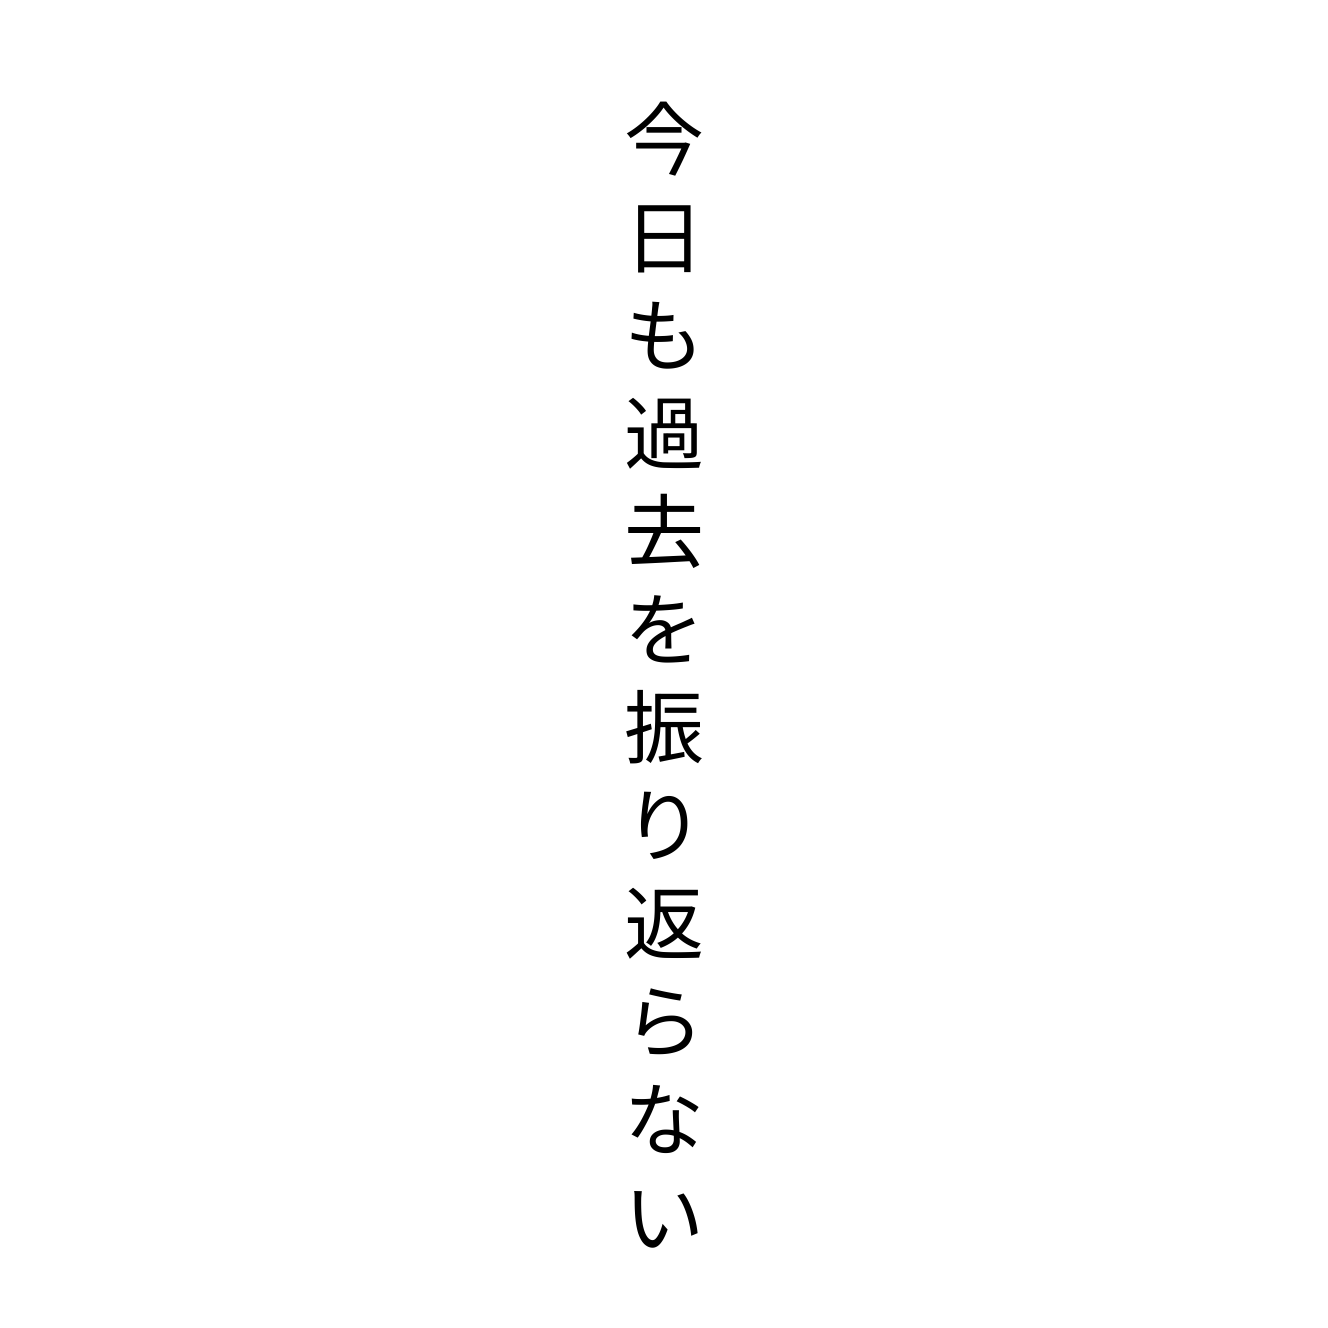
今日も過去を振り返らない